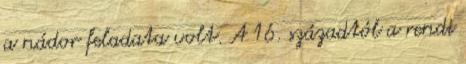
a nádor feladata volt. A 16. századtól a rendi